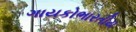
ગાયકોભારતીય